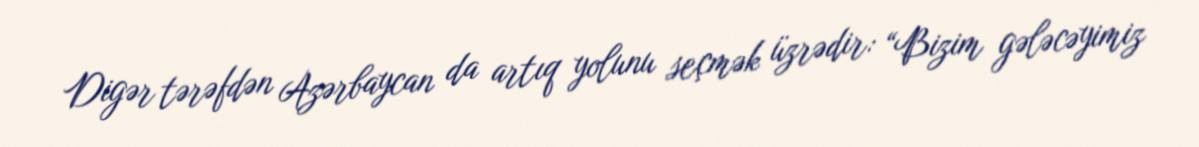
Digər tərəfdən Azərbaycan da artıq yolunu seçmək üzrədir: “Bizim gələcəyimiz